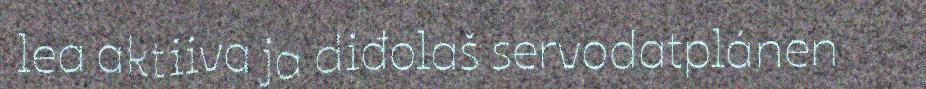
lea aktiiva ja diđolaš servodatplánen